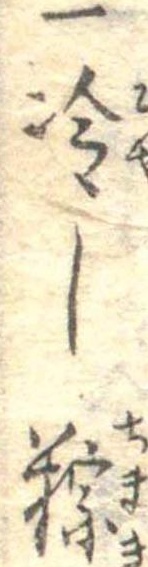
一冷し粽